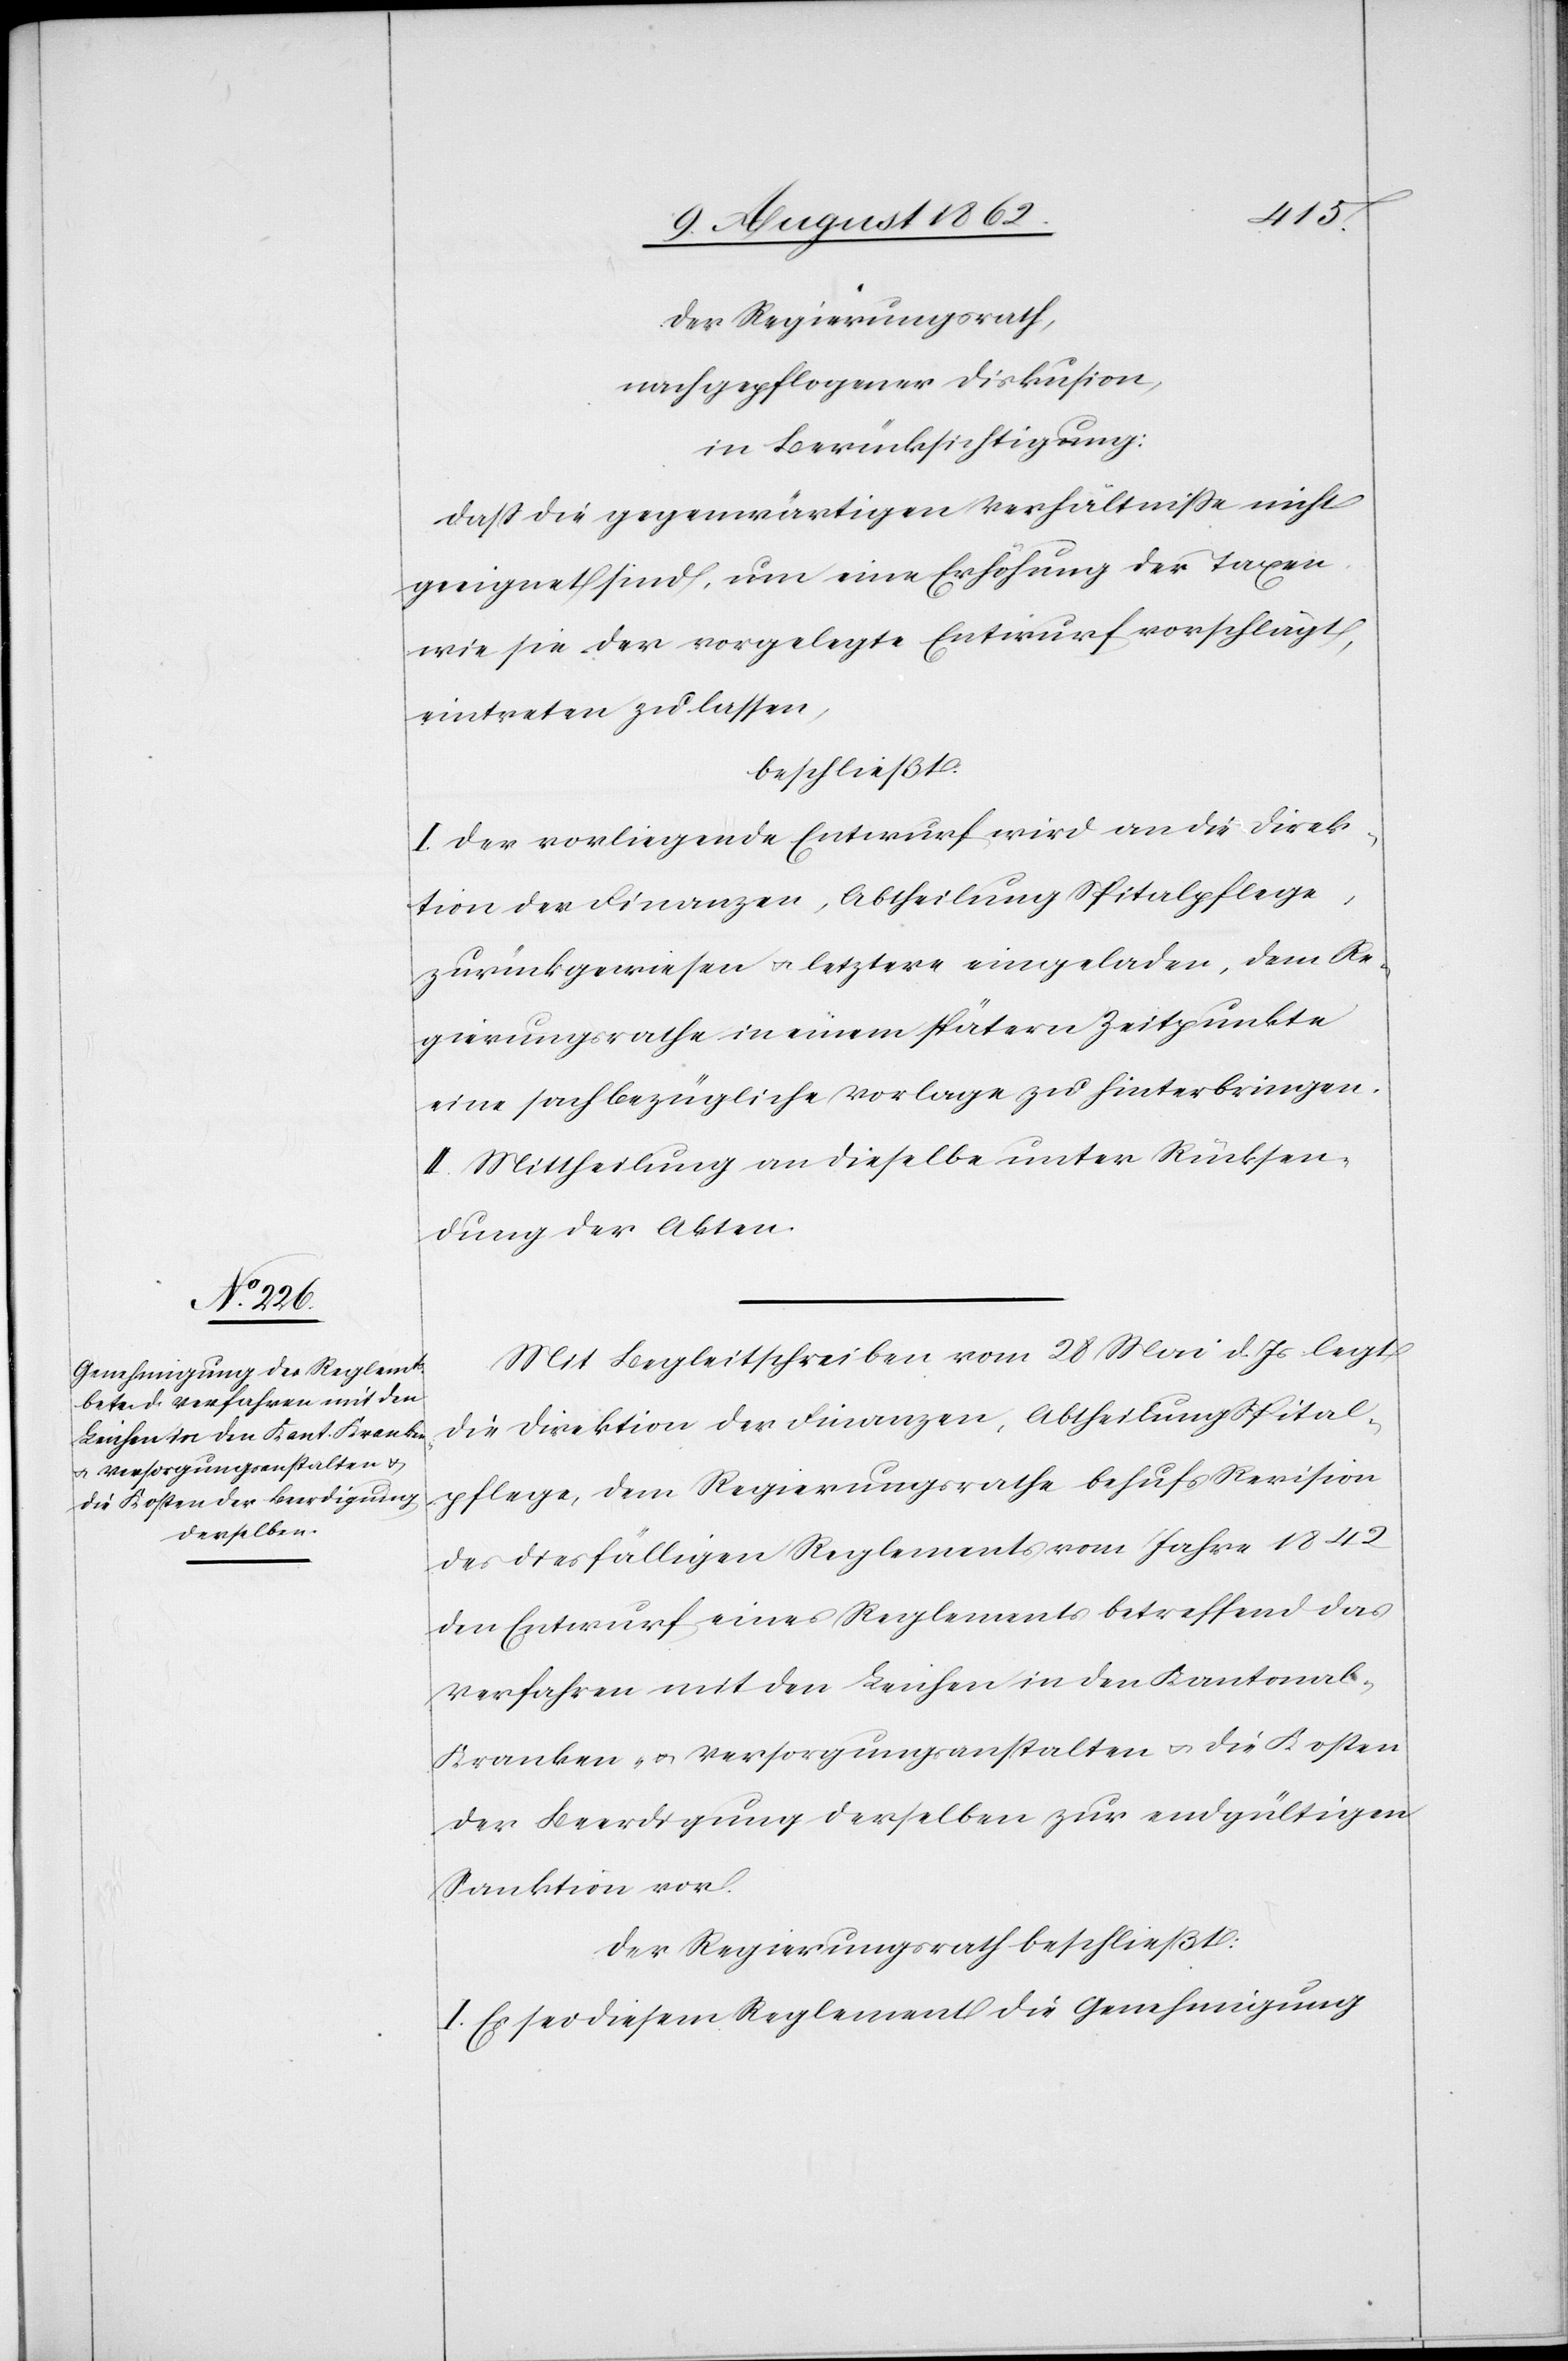
Der Regierungsrath,
nach gepflogener Diskus[s]ion,
in Berücksichtigung:
daß die gegenwärtigen Verhältniße nicht
geeignet sind, um eine Erhöhung der Taxen
wie sie der vorgelegte Entwurf vorschlägt,
eintreten zu lassen,
beschließt:
I. Der vorliegende Entwurf wird an die Direk¬
tion der Finanzen, Abtheilung Spitalpflege,
zurückgewiesen u. letztere eingeladen, dem Re¬
gierungsrathe in einem spätern Zeitpunkte
eine sachbezügliche Vorlage zu hinterbringen.
II. Mittheilung an dieselbe unter Rücksen¬
dung der Akten.
Mit Begleitschreiben vom 28. Mai d. Js. legt
die Direktion der Finanzen, Abtheilung Spital¬
pflege, dem Regierungsrathe behufs Revision
des diesfälligen Reglements vom Jahre 1842
den Entwurf eines Reglements betreffend das
Verfahren mit den Leichen in den Kantonal-[,]
Kranken- u. Versorgungsanstalten u. die Kosten
der Beerdigung derselben zur endgültigen
Sanktion vor.
Der Regierungsrath beschließt:
I. Es sei diesem Reglement die Genehmigung